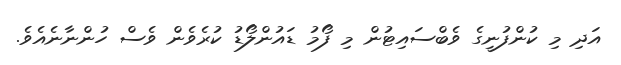
އަދި މި ކުންފުނީގެ ވެބްސައިޓުން މި ފޯމު ޑައުންލޯޑު ކުރެވެން ވެސް ހުންނާނެއެވެ.